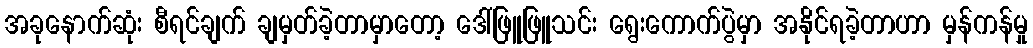
အခုနောက်ဆုံး စီရင်ချက် ချမှတ်ခဲ့တာမှာတော့ ဒေါ်ဖြူဖြူသင်း ရွေးကောက်ပွဲမှာ အနိုင်ရခဲ့တာဟာ မှန်ကန်မှု